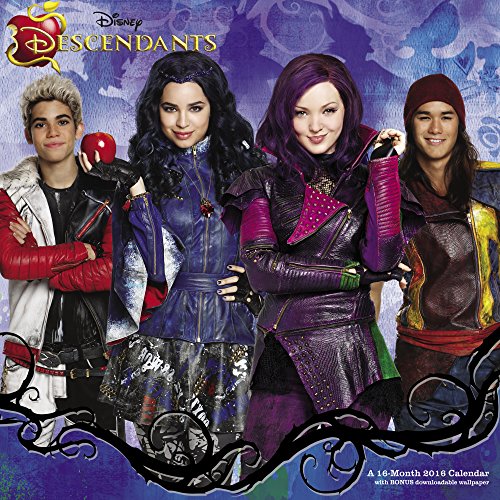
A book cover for Disney Descendants Wall Calendar (2016); Day Dream; Calendars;